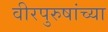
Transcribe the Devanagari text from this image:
वीरपुरुषांच्या